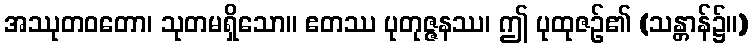
အဿုတဝတော၊ သုတမရှိသော။ ဧတဿ ပုတုဇ္ဇနဿ၊ ဤ ပုထုဇဉ်၏ (သန္တာန်၌။)